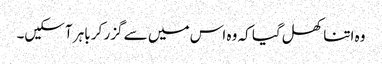
وہ اتنا کھل گیا کہ وہ اس میں سے گزر کر باہر آسکیں۔